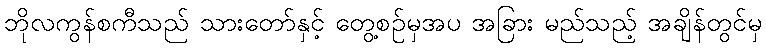
ဘိုလကွန်စကီသည် သားတော်နှင့် တွေ့စဉ်မှအပ အခြား မည်သည့် အချိန်တွင်မှ